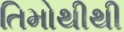
તિમોથીથી